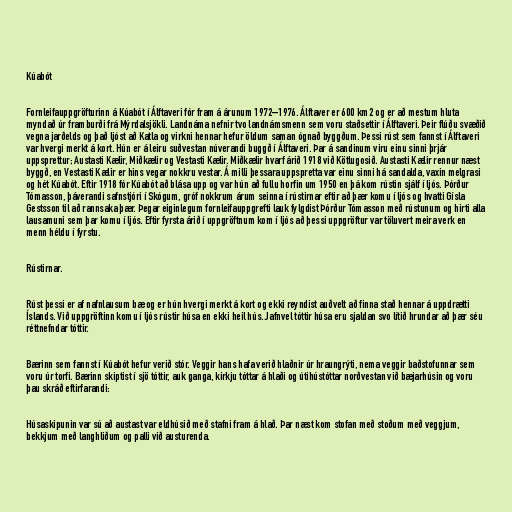
Kúabót

Fornleifauppgröfturinn á Kúabót í Álftaveri fór fram á árunum 1972–1976. Álftaver er 600 km2 og er að mestum hluta
myndað úr framburði frá Mýrdalsjökli. Landnáma nefnir tvo landnámsmenn sem voru staðsettir í Álftaveri. Þeir flúðu svæðið
vegna jarðelds og það ljóst að Katla og virkni hennar hefur öldum saman ógnað byggðum. Þessi rúst sem fannst í Álftaveri
var hvergi merkt á kort. Hún er á leiru suðvestan núverandi buggð í Álftaveri. Þar á sandinum viru einu sinni þrjár
uppsprettur; Austasti Kælir, Miðkælir og Vestasti Kælir. Miðkælir hvarf árið 1918 við Kötlugosið. Austasti Kælir rennur næst
byggð, en Vestasti Kælir er hins vegar nokkru vestar. Á milli þessara uppspretta var einu sinni há sandalda, vaxin melgrasi
og hét Kúabót. Eftir 1918 fór Kúabót að blása upp og var hún að fullu horfin um 1950 en þá kom rústin sjálf í ljós. Þórður
Tómasson, þáverandi safnstjóri í Skógum, gróf nokkrum árum seinna í rústirnar eftir að þær komu í ljós og hvatti Gísla
Gestsson til að rannsaka þær. Þegar eiginlegum fornleifauppgrefti lauk fylgdist Þórður Tómasson með rústunum og hirti alla
lausamuni sem þar komu í ljós. Eftir fyrsta árið í uppgröftnum kom í ljós að þessi uppgröftur var töluvert meira verk en
menn héldu í fyrstu.

Rústirnar.

Rúst þessi er af nafnlausum bæ og er hún hvergi merkt á kort og ekki reyndist auðvelt að finna stað hennar á uppdrætti
Íslands. Við uppgröftinn komu í ljós rústir húsa en ekki heil hús. Jafnvel tóttir húsa eru sjaldan svo lítið hrundar að þær séu
réttnefndar tóttir.

Bærinn sem fannst í Kúabót hefur verið stór. Veggir hans hafa verið hlaðnir úr hraungrýti, nema veggir baðstofunnar sem
voru úr torfi. Bærinn skiptist í sjö tóttir, auk ganga, kirkju tóttar á hlaði og útihústóttar norðvestan við bæjarhúsin og voru
þau skráð eftirfarandi:

Húsaskipunin var sú að austast var eldhúsið með stafni fram á hlað. Þar næst kom stofan með stoðum með veggjum,
bekkjum með langhliðum og palli við austurenda.